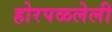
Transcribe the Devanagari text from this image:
होरपळलेली